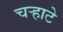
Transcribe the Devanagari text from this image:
चर्‍हाटे